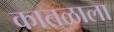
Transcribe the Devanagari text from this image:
कातळाला